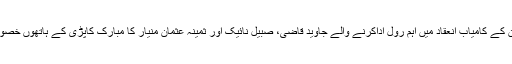
سولاپور میں امتحان کے کامیاب انعقاد میں اہم رول اداکرنے والے جاوید قاضی، صبیل نائیک اور ثمینہ عثمان منیار کا مبارک کاپڑی کے ہاتھوں خصوصی استقبال کیاگیا۔